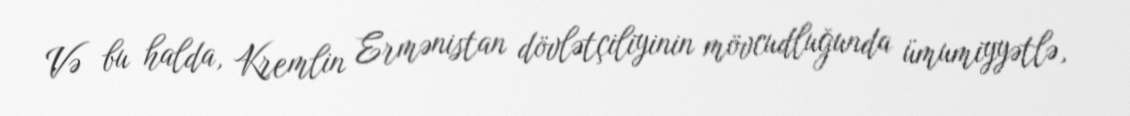
Və bu halda, Kremlin Ermənistan dövlətçiliyinin mövcudluğunda ümumiyyətlə,